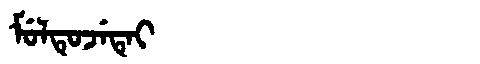
Manchu: ᠮᡠᠯᡨᡠᠵᡝᡨᡝᡳ
Romanization: MULTUJETEI